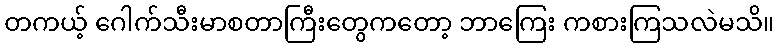
တကယ့် ဂေါက်သီးမာစတာကြီးတွေကတော့ ဘာကြေး ကစားကြသလဲမသိ။